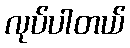
လုပ်ပါတယ်